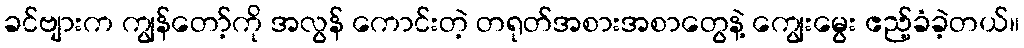
ခင်ဗျားက ကျွန်တော့်ကို အလွန် ကောင်းတဲ့ တရုတ်အစားအစာတွေနဲ့ ကျွေးမွေး ဧည့်ခံခဲ့တယ်။